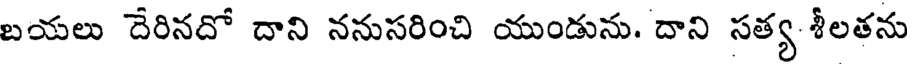
బయలు దేరినదో దాని ననుసరించి యుండును. దాని సత్య శీలతను